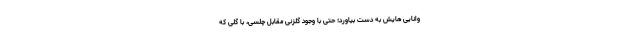
وانایی هایش به دست بیاورد؛ حتی با وجود گلزنی مقابل چلسی، با گلی که